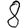
Digit: 8